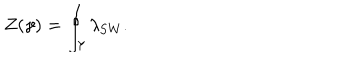
LaTeX: Z ( \gamma ) = \oint _ { \gamma } \lambda _ { \mathrm { S W } } .